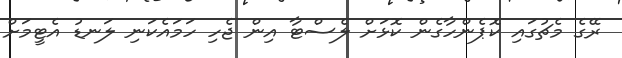
ރޭގެ މެޗުގައި ކޮޕެންހާގެން ކޮޅަށް ލެސްޓާ އިން ޖެހި ހަމައެކަނި ލަނޑު އެޓީމަށް